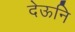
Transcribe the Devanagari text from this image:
देऊनि